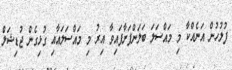
ފުލުހުން އަނެއްކާ މި މައްސަލަ ބަލަންފަށާފައިވާ އިރު މި މައްސަލައާއި ގުޅިގެން ޖުޑިޝަލް